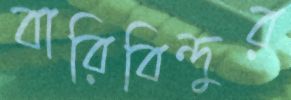
বারিবিন্দুর